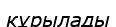
кұрылады